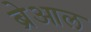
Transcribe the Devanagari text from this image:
ब्रेआल